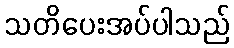
သတိပေးအပ်ပါသည်